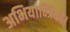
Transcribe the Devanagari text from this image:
अभियान्त्रिकी।